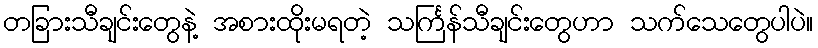
တခြားသီချင်းတွေနဲ့ အစားထိုးမရတဲ့ သင်္ကြန်သီချင်းတွေဟာ သက်သေတွေပါပဲ။